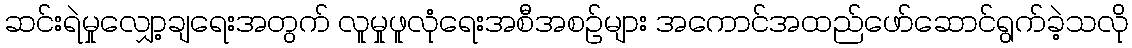
ဆင်းရဲမှုလျှော့ချရေးအတွက် လူမှုဖူလုံရေးအစီအစဉ်များ အကောင်အထည်ဖော်ဆောင်ရွက်ခဲ့သလို